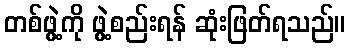
တစ်ဖွဲ့ကို ဖွဲ့စည်းရန် ဆုံးဖြတ်ရသည်။